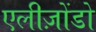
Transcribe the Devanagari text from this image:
एलीज़ोंडो